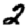
Digit: 2